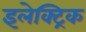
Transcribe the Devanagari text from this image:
इलेक्‍ट्रिक